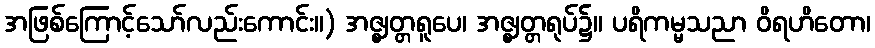
အဖြစ်ကြောင့်သော်လည်းကောင်း။) အဇ္ဈတ္တရူပေ၊ အဇ္ဈတ္တရုပ်၌။ ပရိကမ္မသညာ ဝိရဟိတော၊